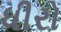
ધીરો